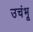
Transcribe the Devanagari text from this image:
उचंभू